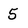
Character: 5